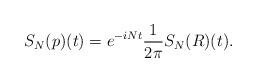
LaTeX: \begin{align*}S_N(p)(t) = e^{-iNt} \frac{1}{2\pi} S_N(R)(t).\end{align*}